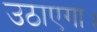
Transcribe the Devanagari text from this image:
उठाएगा।